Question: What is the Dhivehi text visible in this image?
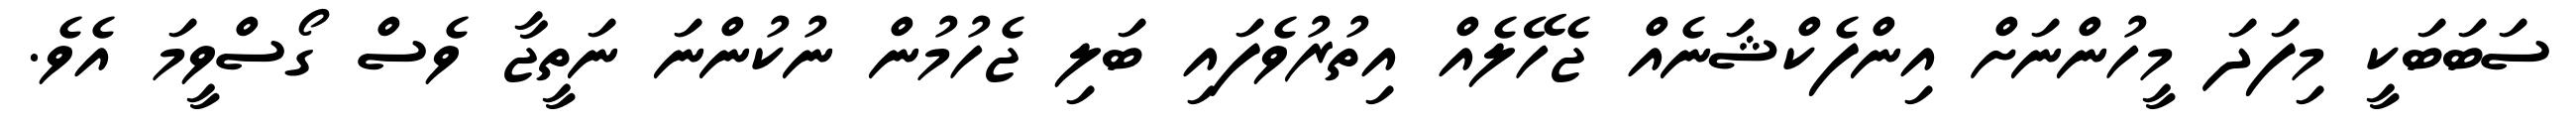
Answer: ސަބަބަކީ މިފަދަ މީހުންނަށް އިންފެކްޝަނެއް ޖެހޭލެއް އިތުރުވެފައި ބަލި ޖެހުމުން ނުކުންނަ ނަތީޖާ ވެސް ގޯސްވީމަ އެވެ.